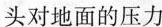
头对地面的压力